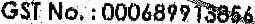
GST NO. : 000689913856